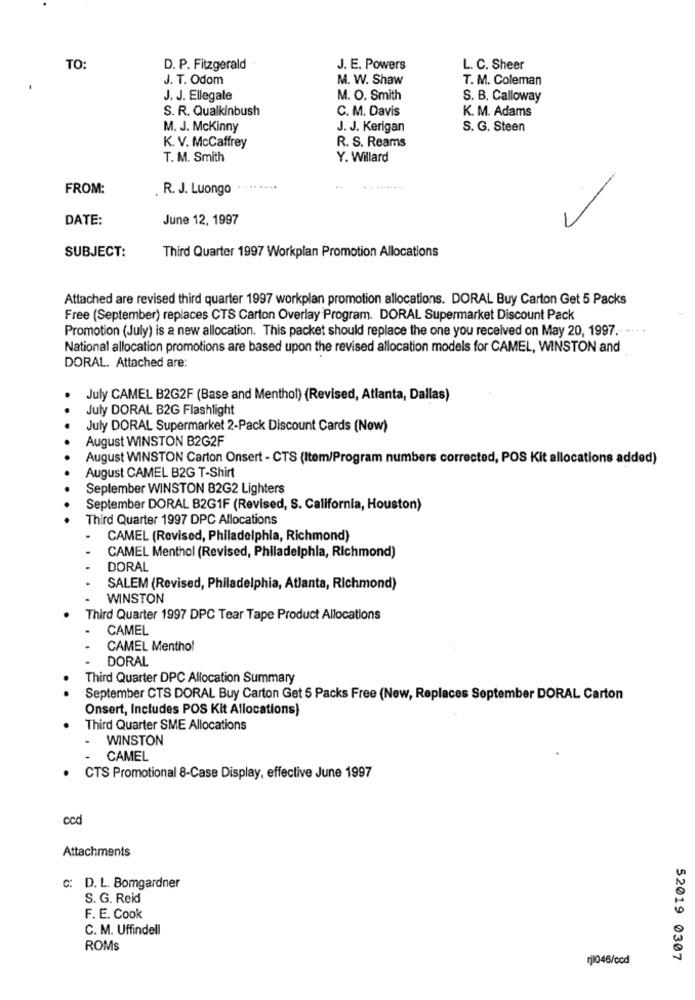
TO:
D. P. Fitzgerald
J. E. Powers
L. C. Sheer
J. T. Odom
M. W. Shaw
T. M. Coleman
J. J. Ellegale
M. O. Smith
S. B. Calloway
S. R. Qualkinbush
C. M. Davis
K. M. Adams
M. J. McKinny
J. J. Kerigan
S. G. Steen
R. S. Reams
K. V. McCaffrey
T. M. Smith
Y. Willard
FROM:
. R. J. Luongo
DATE:
June 12, 1997
SUBJECT:
Third Quarter 1997 Workplan Promotion Allocations
Attached are revised third quarter 1997 workplan promotion allocations. DORAL Buy Carton Get 5 Packs
Free (September) replaces CTS Carton Overlay Program. DORAL Supermarket Discount Pack
Promotion (July) is a new allocation. This packet should replace the one you received on May 20, 1997, -.. .
National allocation promotions are based upon the revised allocation models for CAMEL, WINSTON and
DORAL. Attached are:
July CAMEL B2G2F (Base and Menthol) (Revised, Atlanta, Dallas)
July DORAL B2G Flashlight
...
July DORAL Supermarket 2-Pack Discount Cards (Now)
August WINSTON B2G2F
August WINSTON Carton Onsert - CTS (Item/Program numbers corrected, POS Kit allocations added)
August CAMEL B2G T-Shirt
September WINSTON B2G2 Lighters
September DORAL B2G1F (Revised, S. California, Houston)
Third Quarter 1997 DPC Allocations
CAMEL (Revised, Philadelphia, Richmond)
CAMEL Menthol (Revised, Philadelphia, Richmond)
DORAL
SALEM (Revised, Philadelphia, Atlanta, Richmond)
WINSTON
Third Quarter 1997 DPC Tear Tape Product Allocations
CAMEL
CAMEL Menthol
DORAL
Third Quarter DPC Allocation Summary
.
September CTS DORAL Buy Carton Get 5 Packs Free (New, Replaces September DORAL Carton
Onsert, Includes POS Kit Allocations)
Third Quarter SME Allocations
WINSTON
CAMEL
CTS Promotional 8-Case Display, effective June 1997
ced
Attachments
C: D. L. Bomgardner
S. G. Reid
F. E. Cook
C. M. Uffindell
ROMS
rj1046/ccd
52019 0307